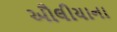
ઔલીયાના